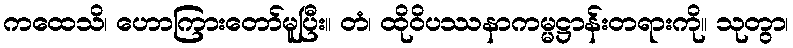
ကထေသိ၊ ဟောကြားတော်မူပြီး။ တံ၊ ထိုဝိပဿနာကမ္မဋ္ဌာန်းတရားကို။ သုတွာ၊